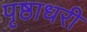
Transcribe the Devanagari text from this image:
पृष्ठाधरी